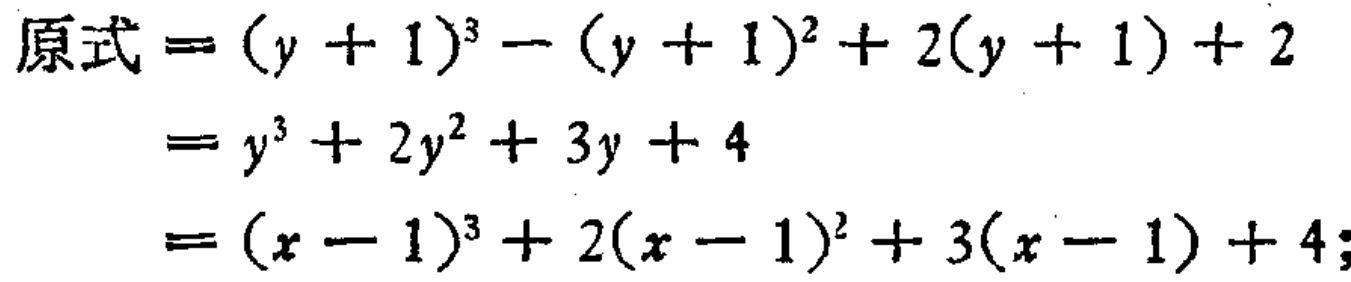
\[

\begin{align*}

原式&=(y + 1)^3 - (y + 1)^2 + 2(y + 1) + 2\\

&=y^3 + 2y^2 + 3y + 4\\

&=(x - 1)^3 + 2(x - 1)^2 + 3(x - 1) + 4;

\end{align*}

\]